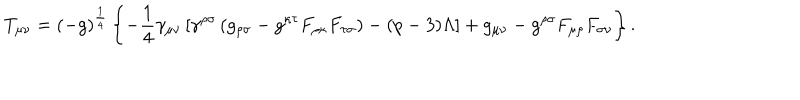
LaTeX: T _ { \mu \nu } = ( - g ) ^ { \frac { 1 } { 4 } } \left\{ - \frac { 1 } { 4 } \gamma _ { \mu \nu } \left[ \gamma ^ { \rho \sigma } \left( g _ { \rho \sigma } - g ^ { \kappa \tau } F _ { \rho \kappa } F _ { \tau \sigma } \right) - ( p - 3 ) \Lambda \right] + g _ { \mu \nu } - g ^ { \rho \sigma } F _ { \mu \rho } F _ { \sigma \nu } \right\} .